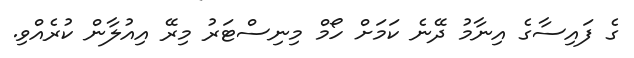
ގެ ފައިސާގެ އިނާމު ދޭނެ ކަމަށް ހޯމް މިނިސްޓަރު މިރޭ އިއުލާން ކުރެއްވި.